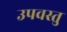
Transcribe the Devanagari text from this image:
उपवस्तु